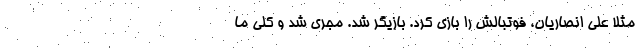
مثلا علی انصاریان، فوتبالش را بازی کرد. بازیگر شد. مجری شد و کلی ما